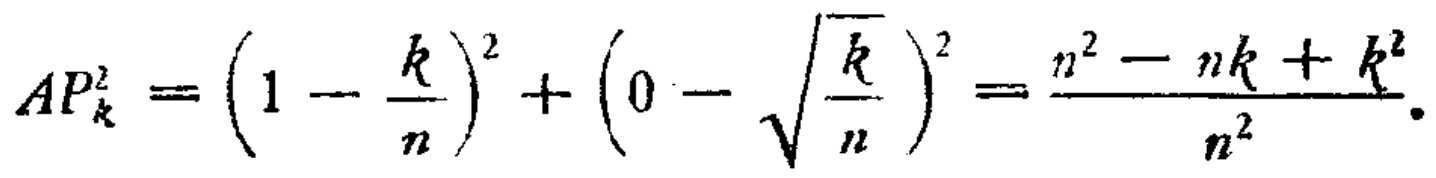
\[
AP_{k}^{2}=\left(1 - \frac{k}{n}\right)^{2}+\left(0 - \sqrt{\frac{k}{n}}\right)^{2}=\frac{n^{2}-nk + k^{2}}{n^{2}}.
\]